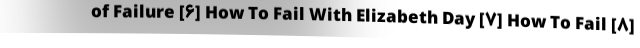
of Failure [۶] How To Fail With Elizabeth Day [۷] How To Fail [۸]